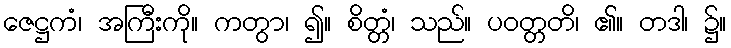
ဇေဋ္ဌကံ၊ အကြီးကို။ ကတွာ၊ ၍။ စိတ္တံ၊ သည်။ ပဝတ္တတိ၊ ၏။ တဒါ၊ ၌။